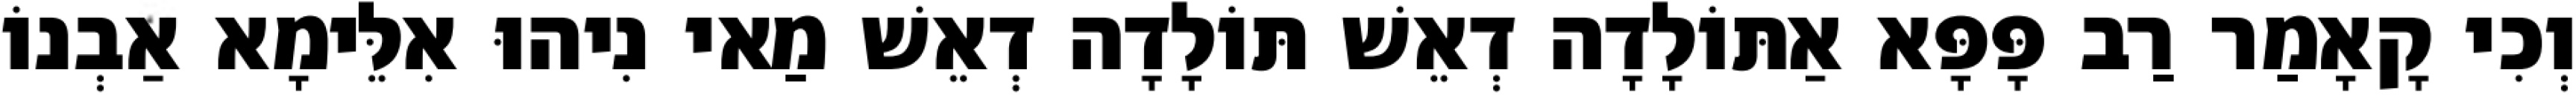
וְכִי קָאָמַר רַב פָּפָּא אַתּוֹלָדָה דְאֵשׁ תּוֹלָדָה דְאֵשׁ מַאי נִיהוּ אִלֵּימָא אַבְנוֹ